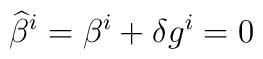
{\widehat \beta}^i = \beta^i + \delta g^i =0